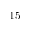
1 5